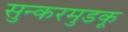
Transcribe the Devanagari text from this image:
सुन्करमुडकू